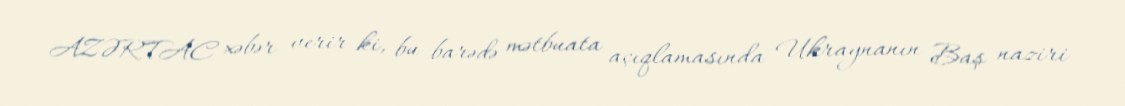
AZƏRTAC xəbər verir ki, bu barədə mətbuata açıqlamasında Ukraynanın Baş naziri